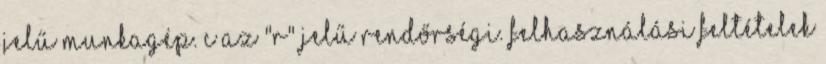
jelű munkagép. c Az "R" jelű rendőrségi. Felhasználási feltételek